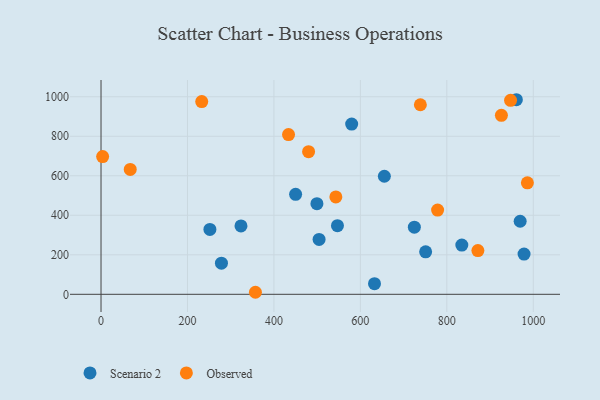
{"axis": {"x": "Ad Spend", "y": "Profit"}, "legend": ["Observed", "Scenario 2"], "data": [{"x": "323.8", "y": 345.9, "type": "Scenario 2"}, {"x": "450.2", "y": 505.9, "type": "Scenario 2"}, {"x": "499.5", "y": 458.7, "type": "Scenario 2"}, {"x": "834.7", "y": 249.0, "type": "Scenario 2"}, {"x": "978.7", "y": 203.4, "type": "Scenario 2"}, {"x": "547.0", "y": 347.3, "type": "Scenario 2"}, {"x": "655.5", "y": 597.5, "type": "Scenario 2"}, {"x": "724.9", "y": 339.7, "type": "Scenario 2"}, {"x": "251.9", "y": 328.3, "type": "Scenario 2"}, {"x": "504.5", "y": 277.8, "type": "Scenario 2"}, {"x": "632.7", "y": 53.8, "type": "Scenario 2"}, {"x": "278.6", "y": 157.8, "type": "Scenario 2"}, {"x": "960.9", "y": 984.9, "type": "Scenario 2"}, {"x": "579.9", "y": 861.9, "type": "Scenario 2"}, {"x": "969.7", "y": 369.9, "type": "Scenario 2"}, {"x": "751.0", "y": 215.1, "type": "Scenario 2"}, {"x": "433.8", "y": 808.3, "type": "Observed"}, {"x": "233.0", "y": 975.4, "type": "Observed"}, {"x": "947.5", "y": 981.9, "type": "Observed"}, {"x": "738.8", "y": 959.5, "type": "Observed"}, {"x": "778.7", "y": 426.3, "type": "Observed"}, {"x": "543.3", "y": 492.7, "type": "Observed"}, {"x": "480.2", "y": 722.0, "type": "Observed"}, {"x": "986.4", "y": 564.1, "type": "Observed"}, {"x": "926.3", "y": 906.0, "type": "Observed"}, {"x": "3.7", "y": 696.9, "type": "Observed"}, {"x": "871.9", "y": 221.2, "type": "Observed"}, {"x": "357.2", "y": 10.3, "type": "Observed"}, {"x": "67.6", "y": 632.0, "type": "Observed"}]}